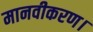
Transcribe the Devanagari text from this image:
मानवीकरण।